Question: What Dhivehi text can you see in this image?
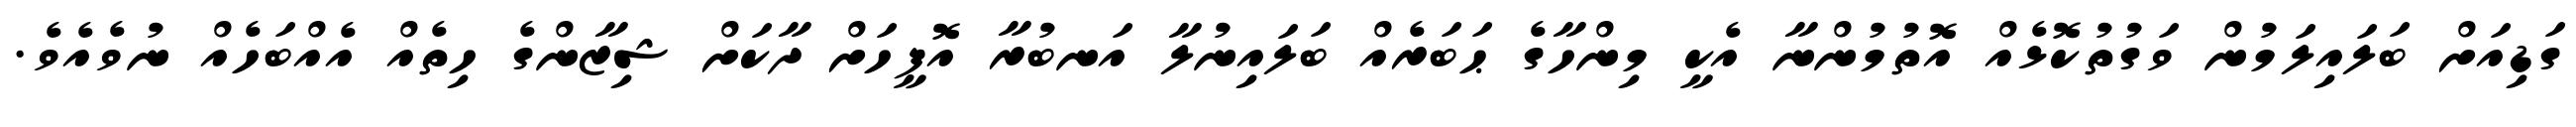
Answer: ގަޑިއަށް ބަލައިލަމުން ވަގުތުކޮޅެއް އޮތުމުންނާ އެކީ މިންހާގެ ޙަބަރެއް ބަލައިނުލާ އަނބުރާ އޮފީހަށް ދާކަށް ޝިޒާންގެ ހިތެއް އެއްބަހެއް ނުވެއެވެ.